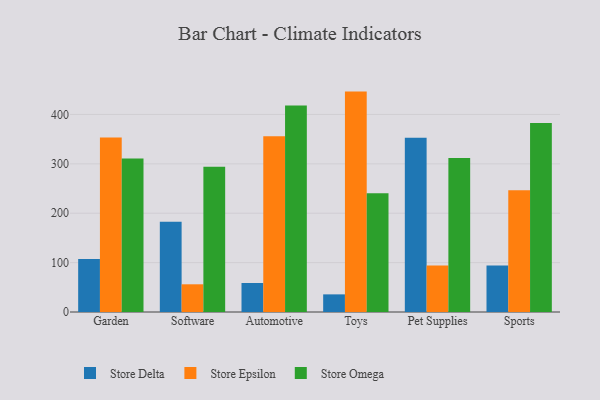
{"axis": {"x": "Category", "y": "Customer Acquisition Cost (USD)"}, "legend": ["Store Delta", "Store Epsilon", "Store Omega"], "data": [{"x": "Garden", "y": 107.5, "type": "Store Delta"}, {"x": "Garden", "y": 353.2, "type": "Store Epsilon"}, {"x": "Garden", "y": 310.6, "type": "Store Omega"}, {"x": "Software", "y": 182.5, "type": "Store Delta"}, {"x": "Software", "y": 56.1, "type": "Store Epsilon"}, {"x": "Software", "y": 294.3, "type": "Store Omega"}, {"x": "Automotive", "y": 58.7, "type": "Store Delta"}, {"x": "Automotive", "y": 356.1, "type": "Store Epsilon"}, {"x": "Automotive", "y": 418.0, "type": "Store Omega"}, {"x": "Toys", "y": 35.7, "type": "Store Delta"}, {"x": "Toys", "y": 446.3, "type": "Store Epsilon"}, {"x": "Toys", "y": 240.5, "type": "Store Omega"}, {"x": "Pet Supplies", "y": 352.7, "type": "Store Delta"}, {"x": "Pet Supplies", "y": 94.4, "type": "Store Epsilon"}, {"x": "Pet Supplies", "y": 311.6, "type": "Store Omega"}, {"x": "Sports", "y": 94.1, "type": "Store Delta"}, {"x": "Sports", "y": 246.6, "type": "Store Epsilon"}, {"x": "Sports", "y": 382.6, "type": "Store Omega"}]}